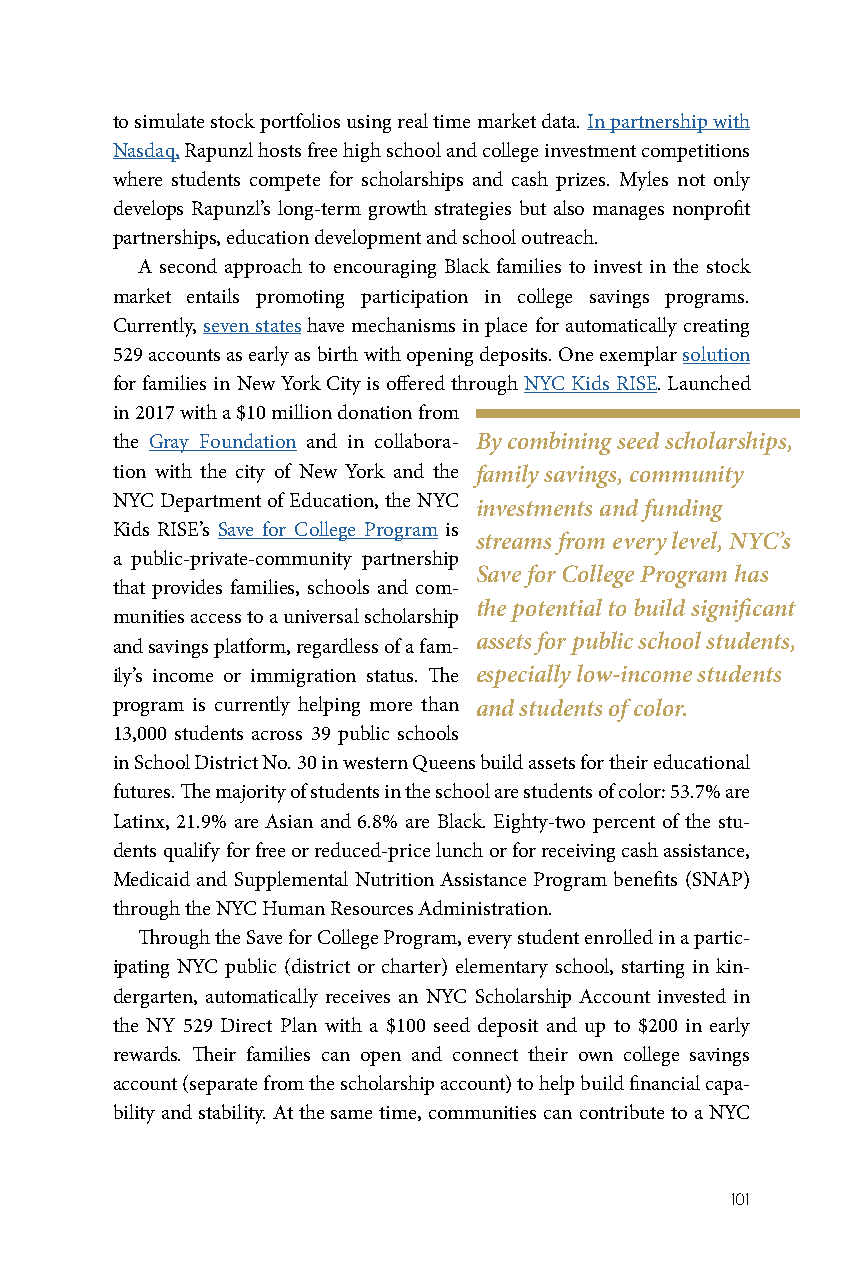
to simulate stock portfolios using real time market data. In partnership with
 Nasdaq, Rapunzl hosts free high school and college investment competitions
 where students compete for scholarships and cash prizes. Myles not only
 develops Rapunzl’s long-term growth strategies but also manages nonprofit
 partnerships, education development and school outreach.
 A second approach to encouraging Black families to invest in the stock
 market entails promoting participation in college savings programs.
 Currently, seven states have mechanisms in place for automatically creating
 529 accounts as early as birth with opening deposits. One exemplar solution
 for families in New York City is offered through NYC Kids RISE. Launched
 in 2017 with a $10 million donation from
 the Gray Foundation and in collabora- By combining seed scholarships,
 tion with the city of New York and the family savings, community
 NYC Department of Education, the NYC investments and funding
 Kids RISE’s Save for College Program is
 streams from every level, NYC’s
 a public-private-community partnership
 Save for College Program has
 that provides families, schools and com-
 the potential to build significant
 munities access to a universal scholarship
 assets for public school students,
 and savings platform, regardless of a fam-
 ily’s income or immigration status. The especially low-income students
 program is currently helping more than and students of color.
 13,000 students across 39 public schools
 in School District No. 30 in western Queens build assets for their educational
 futures. The majority of students in the school are students of color: 53.7% are
 Latinx, 21.9% are Asian and 6.8% are Black. Eighty-two percent of the stu-
 dents qualify for free or reduced-price lunch or for receiving cash assistance,
 Medicaid and Supplemental Nutrition Assistance Program benefits (SNAP)
 through the NYC Human Resources Administration.
 Through the Save for College Program, every student enrolled in a partic-
 ipating NYC public (district or charter) elementary school, starting in kin-
 dergarten, automatically receives an NYC Scholarship Account invested in
 the NY 529 Direct Plan with a $100 seed deposit and up to $200 in early
 rewards. Their families can open and connect their own college savings
 account (separate from the scholarship account) to help build financial capa-
 bility and stability. At the same time, communities can contribute to a NYC
 101